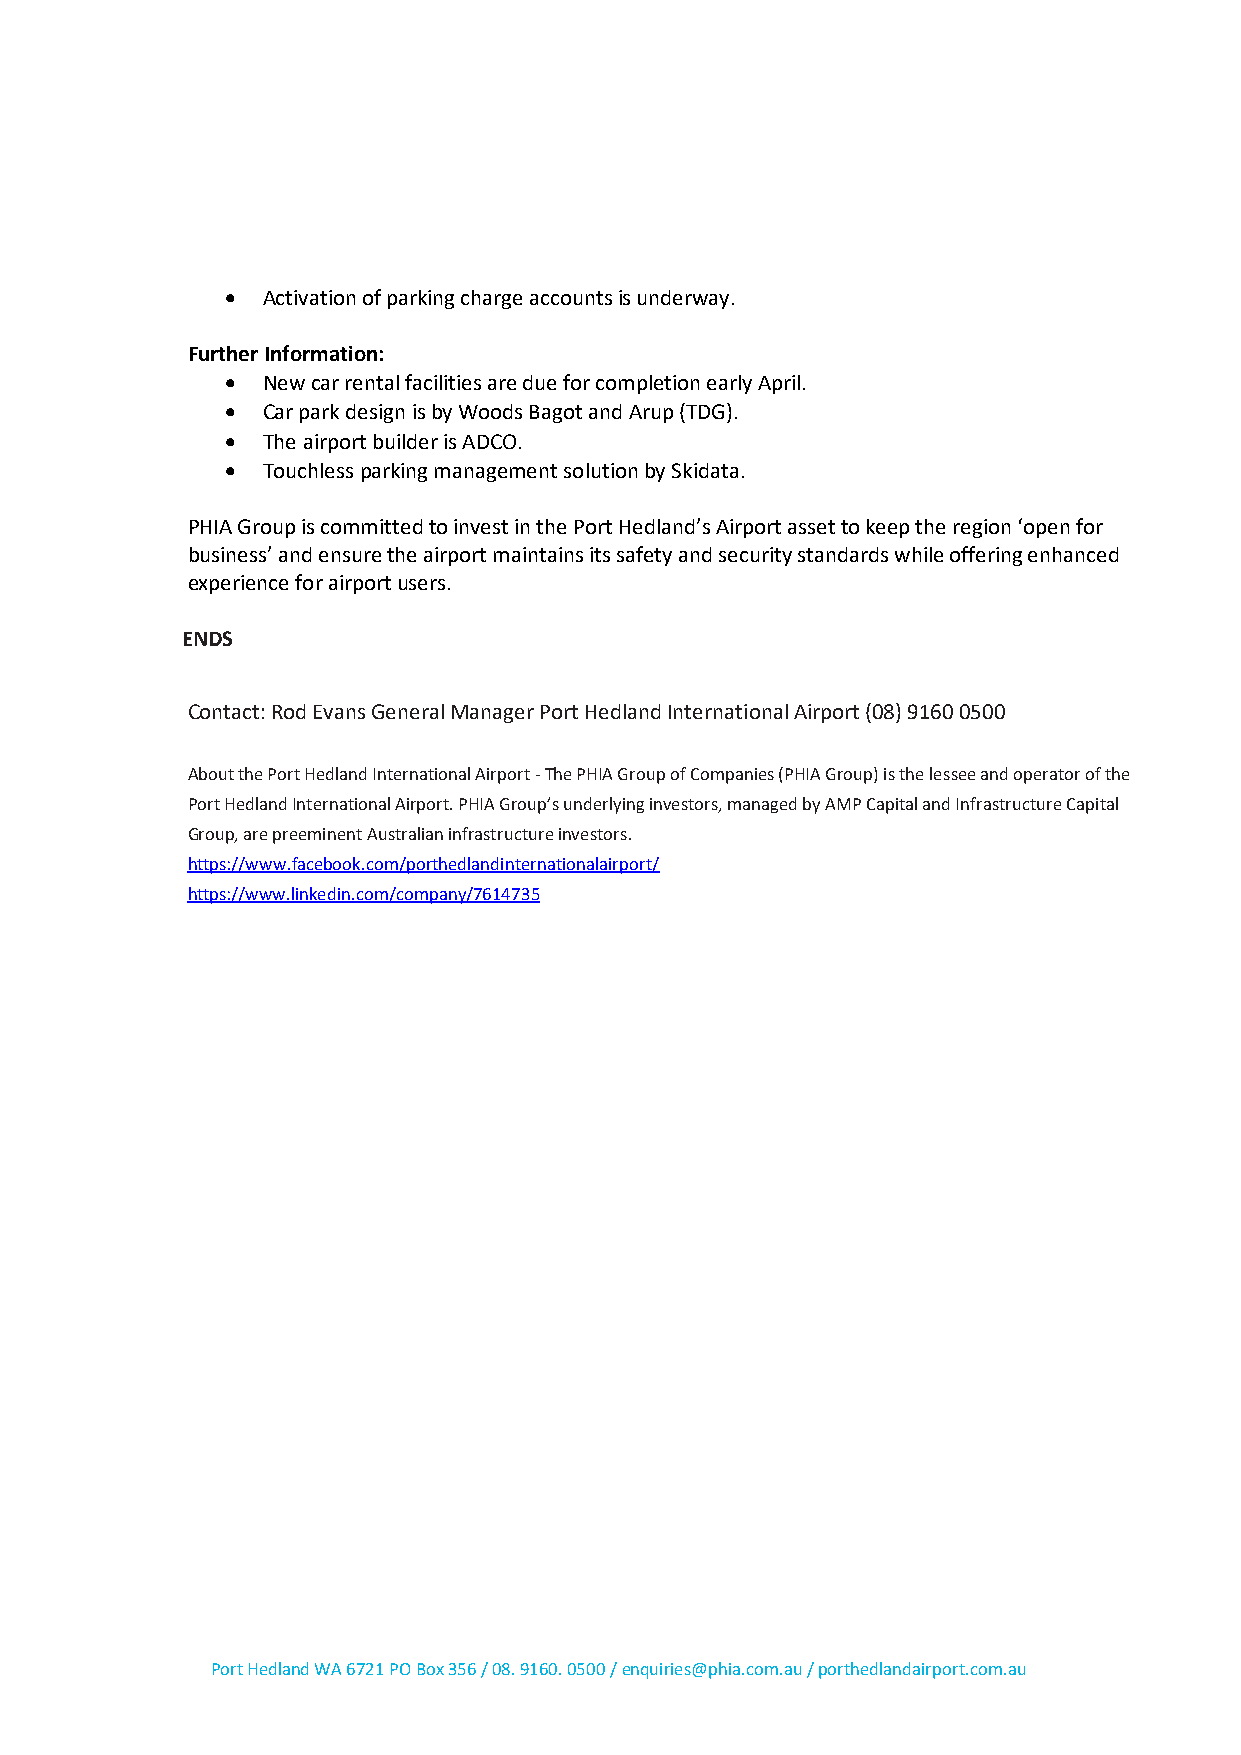
• Activation of parking charge accounts is underway.
 Further Information:
 • New car rental facilities are due for completion early April.
 • Car park design is by Woods Bagot and Arup (TDG).
 • The airport builder is ADCO.
 • Touchless parking management solution by Skidata.
 PHIA Group is committed to invest in the Port Hedland’s Airport asset to keep the region ‘open for
 business’ and ensure the airport maintains its safety and security standards while offering enhanced
 experience for airport users.
 ENDS
 Contact: Rod Evans General Manager Port Hedland International Airport (08) 9160 0500
 About the Port Hedland International Airport - The PHIA Group of Companies (PHIA Group) is the lessee and operator of the
 Port Hedland International Airport. PHIA Group’s underlying investors, managed by AMP Capital and Infrastructure Capital
 Group, are preeminent Australian infrastructure investors.
 https://www.facebook.com/porthedlandinternationalairport/
 https://www.linkedin.com/company/7614735
 Port Hedland WA 6721 PO Box 356 / 08. 9160. 0500 / enquiries@phia.com.au / porthedlandairport.com.au